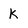
Character: k